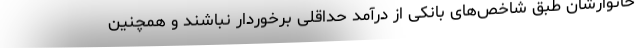
خانوارشان طبق شاخص‌های بانکی از درآمد حداقلی برخوردار نباشند و همچنین